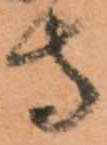
守